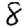
Digit: 8